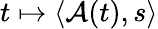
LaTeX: t\mapsto\langle\mathcal{A}(t),s\rangle